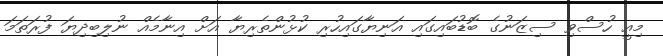
މިއީ ހުސްވި ސިޒަނުގެ ބޮޑުބައިގައި އަނިޔާގައިހުރި ކުޅުންތެރިޔާ އަށް އިނާމެއް ނުލިބިދިޔަ ފުރަތަމަ